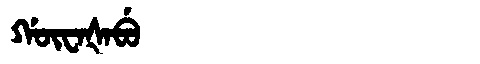
Manchu: ᡤᡡᠸᠠᡧᠠᠪᡠ
Romanization: GŪWAŠABU